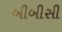
બીબીસી